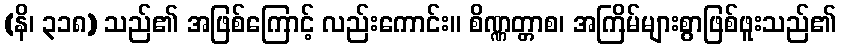
(နိ၊ ၃၁၈) သည်၏ အဖြစ်ကြောင့် လည်းကောင်း။ စိဏ္ဏတ္တာစ၊ အကြိမ်များစွာဖြစ်ဖူးသည်၏